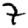
Digit: 7